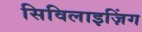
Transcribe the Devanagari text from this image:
सिविलाइज़िंग